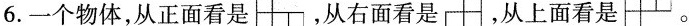
6.一个物体，从正面看是 ，从右面看是 ，从上面看是 。